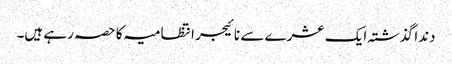
دندا گذشتہ ایک عشرے سے نائیجر انتظامیہ کا حصہ رہے ہیں۔